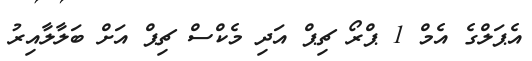
އެޕަލްގެ އެމް 1 ޕްރޯ ޗިޕް އަދި މެކްސް ޗިޕް އަށް ބަލާލާއިރު